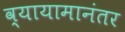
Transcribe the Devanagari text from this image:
व्यायामानंतर